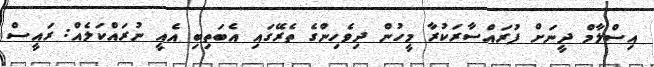
އިސްލާމް ދީނަށް ފުރައްސާރަކުރާ މީހުން ދިވެހިންގެ ތެރޭގައި އެބަތިބި އެއީ ނުރައްކަލެއް: ރައީސް